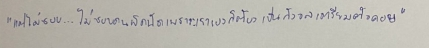
"แต่ไม่ชอบ...ไม่ชอบคนผิดนัดเพราะเราเองก็ต้องเป็นกังวลเตรียมตัวคอย"